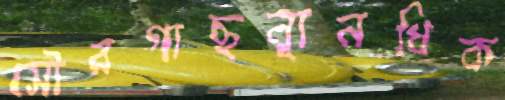
সৌরগাছন্যূনধিক